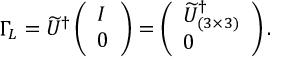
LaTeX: \Gamma _ { L } = \widetilde U ^ { \dagger } \left( \begin{array} { l } { { I } } \\ { { 0 } } \end{array} \right) = \left( \begin{array} { l } { { \widetilde U _ { ( 3 \times 3 ) } ^ { \dagger } } } \\ { { 0 } } \end{array} \right) .